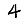
Digit: 4